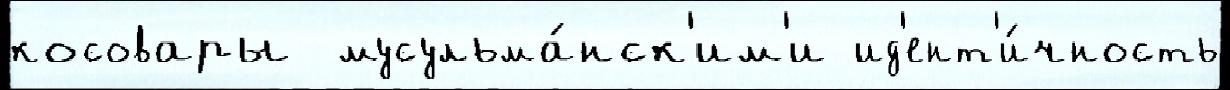
косовары  мусульма́нск'им'и ид'ент'и́чность